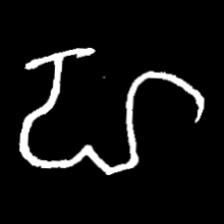
Pyu character \u2014 Myanmar letter: ဟ (romanized: ha)